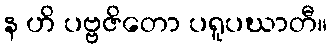
န ဟိ ပဗ္ဗဇိတော ပရူပဃာတီ။